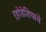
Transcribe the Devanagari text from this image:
र्‍होडेशियाचे